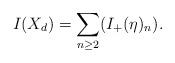
LaTeX: \begin{align*} I(X_{d}) = \sum_{n \geq 2} (I_{+}(\eta)_{n}).\end{align*}